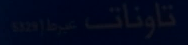
تاوناتاً عظمة